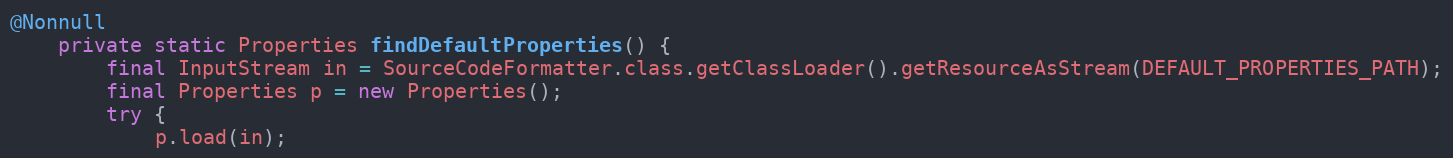
Language: Java
@Nonnull
	private static Properties findDefaultProperties() {
		final InputStream in = SourceCodeFormatter.class.getClassLoader().getResourceAsStream(DEFAULT_PROPERTIES_PATH);
		final Properties p = new Properties();
		try {
			p.load(in);